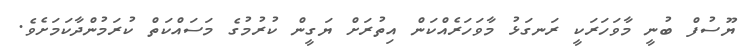
ޔޫސުފް ބުނީ މާވަހަރަކީ ރަނގަޅު މާވަހަރެއްކަން އިތުރަށް ޔަގީން ކުރުމުގެ މަސައްކަތް ކުރަމުންދާކަމަށެވެ.